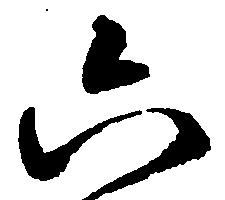
六